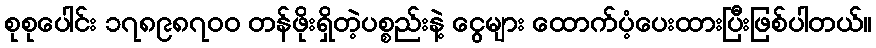
စုစုပေါင်း ၁၇၈၉၈၇၀၀ တန်ဖိုးရှိတဲ့ပစ္စည်းနဲ့ ငွေများ ထောက်ပံ့ပေးထားပြီးဖြစ်ပါတယ်။